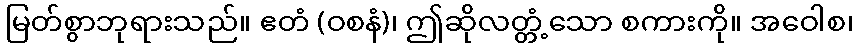
မြတ်စွာဘုရားသည်။ ဧတံ (ဝစနံ)၊ ဤဆိုလတ္တံ့သော စကားကို။ အဝေါစ၊